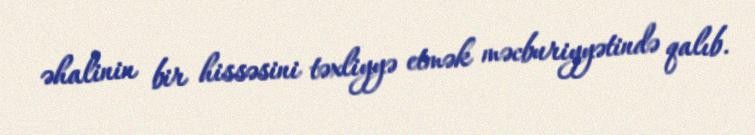
əhalinin bir hissəsini təxliyyə etmək məcburiyyətində qalıb.